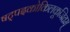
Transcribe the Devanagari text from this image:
षट्पदकोकिलकूजितम्